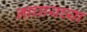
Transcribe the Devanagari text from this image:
नाचायच्या